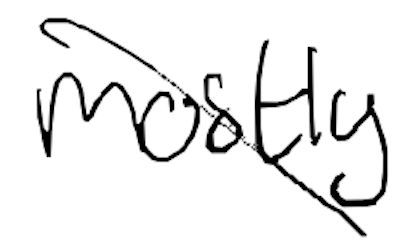
Text: mostly
Cross-out: diagonal
Writing tool: digital_black